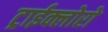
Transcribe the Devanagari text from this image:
ट्राईक्लोरो